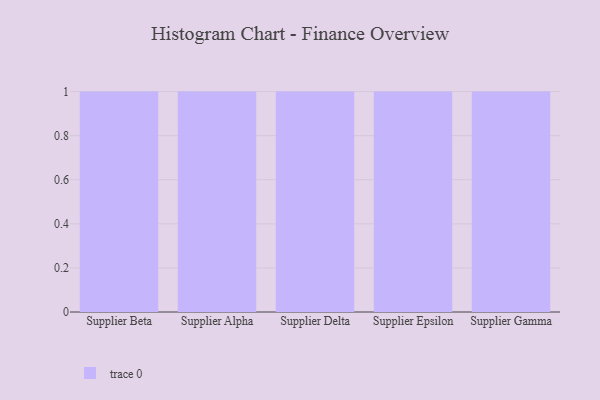
{"axis": {"x": "Supplier", "y": "Tickets Resolved"}, "legend": [""], "data": [{"x": "Supplier Beta", "y": 37, "type": ""}, {"x": "Supplier Alpha", "y": 68, "type": ""}, {"x": "Supplier Delta", "y": 41, "type": ""}, {"x": "Supplier Epsilon", "y": 10, "type": ""}, {"x": "Supplier Gamma", "y": 5, "type": ""}]}